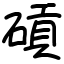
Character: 碽